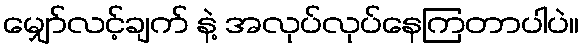
မျှော်လင့်ချက် နဲ့ အလုပ်လုပ်နေကြတာပါပဲ။